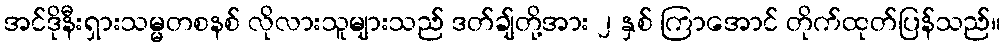
အင်ဒိုနီးရှားသမ္မတစနစ် လိုလားသူများသည် ဒတ်ချ်တို့အား ၂ နှစ် ကြာအောင် တိုက်ထုတ်ပြန်သည်။